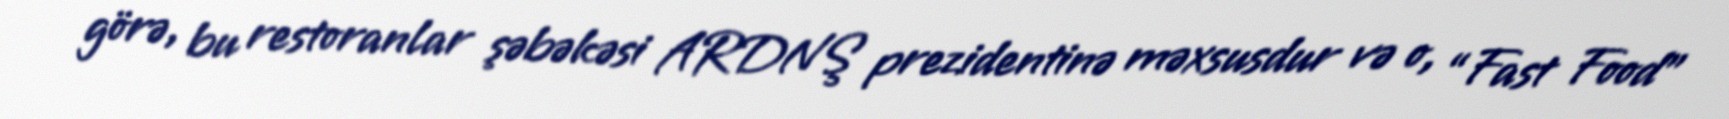
görə, bu restoranlar şəbəkəsi ARDNŞ prezidentinə məxsusdur və o, “Fast Food”